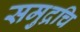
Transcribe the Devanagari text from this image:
समुद्रचि